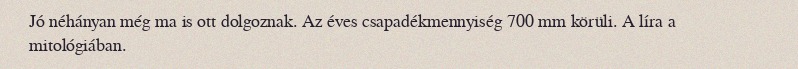
Jó néhányan még ma is ott dolgoznak. Az éves csapadékmennyiség 700 mm körüli. A líra a mitológiában.